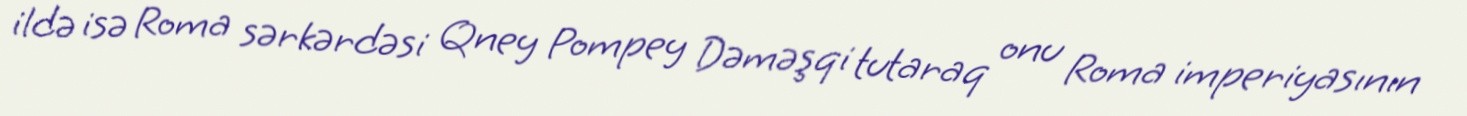
ildə isə Roma sərkərdəsi Qney Pompey Dəməşqi tutaraq onu Roma imperiyasının